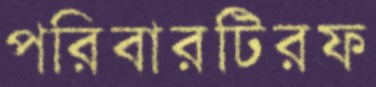
পরিবারটিরফ